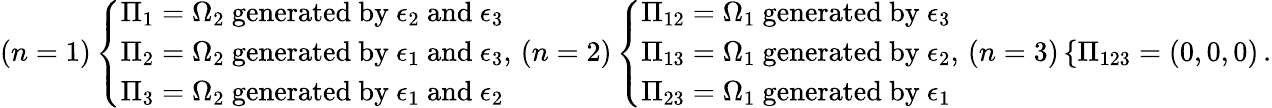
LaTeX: (n=1)\left\{ \begin{array}{ll}{\Pi_{1}=\Omega_{2}\ \mathrm{generated~by}\ \epsilon_{2}\ \mathrm{and}\ \epsilon_{3}}\\ {\Pi_{2}=\Omega_{2}\ \mathrm{generated~by}\ \epsilon_{1}\ \mathrm{and}\ \epsilon_{3}}\\ {\Pi_{3}=\Omega_{2}\ \mathrm{generated~by}\ \epsilon_{1}\ \mathrm{and}\ \epsilon_{2}}\end{array}\right.,\, (n=2)\left\{ \begin{array}{ll}{\Pi_{12}=\Omega_{1}\ \mathrm{generated~by}\ \epsilon_{3}}\\ {\Pi_{13}=\Omega_{1}\ \mathrm{generated~by}\ \epsilon_{2}}\\ {\Pi_{23}=\Omega_{1}\ \mathrm{generated~by}\ \epsilon_{1}}\end{array}\right.,\, (n=3)\left\{ \Pi_{123}=\left(0,0,0\right)\right.\, .